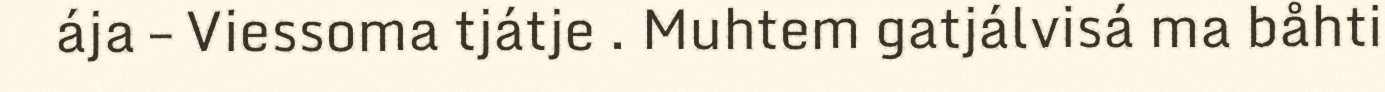
ája – Viessoma tjátje . Muhtem gatjálvisá ma båhti